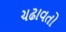
ચઢાવતો